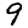
Digit: 9